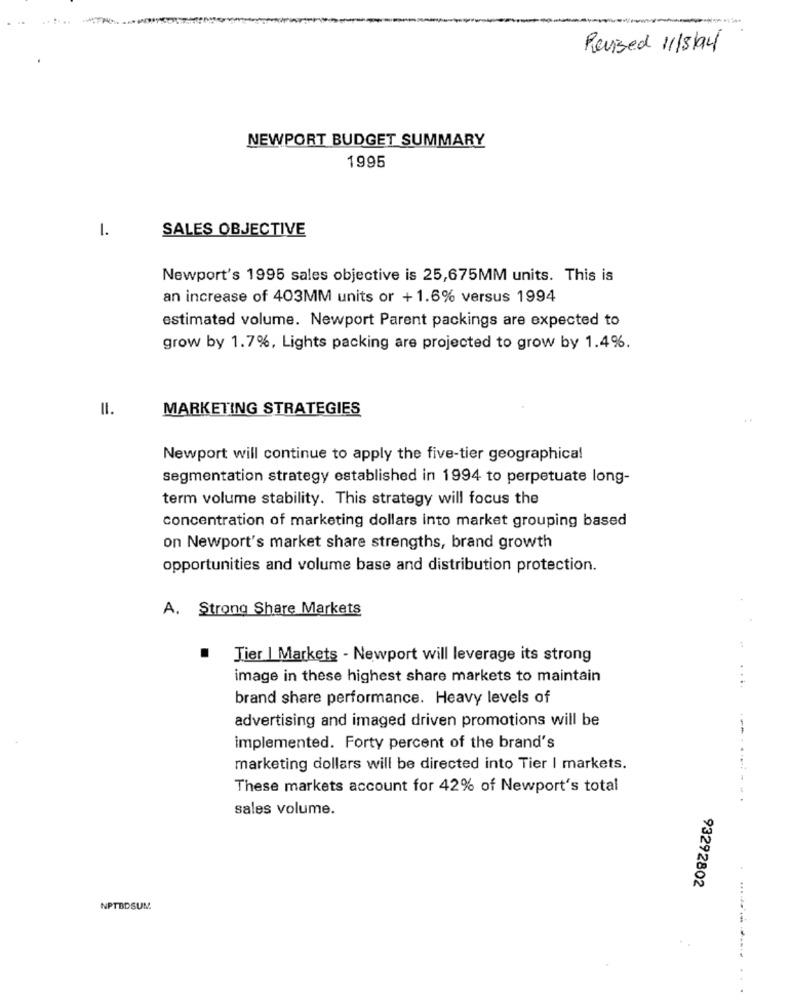
Revised 11/3/94
NEWPORT BUDGET SUMMARY
1995
1.
SALES OBJECTIVE
Newport's 1995 sales objective is 25,675MM units. This is
an increase of 403MM units or +1.6% versus 1994
estimated volume. Newport Parent packings are expected to
grow by 1.7%, Lights packing are projected to grow by 1.4%.
II.
MARKETING STRATEGIES
Newport will continue to apply the five-tier geographical
segmentation strategy established in 1994 to perpetuate long-
term volume stability. This strategy will focus the
concentration of marketing dollars into market grouping based
on Newport's market share strengths, brand growth
opportunities and volume base and distribution protection.
A. Strong Share Markets
:
Tier | Markets - Newport will leverage its strong
image in these highest share markets to maintain
....
brand share performance. Heavy levels of
advertising and imaged driven promotions will be
implemented. Forty percent of the brand's
marketing dollars will be directed into Tier I markets.
These markets account for 42% of Newport's total
----- --
sales volume.
93292802
NPTBDSUM